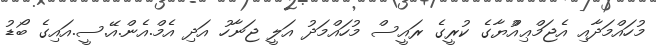
މުހައްމަދާއި އެޖަމްޢިއްުޔާގެ ކުރީގެ ރައީސް މުހައްމަދު އަލީ ޖަނާހު އަދި އެމް.އެން.އޭ.ސީ.އައިގެ ބޯޑު